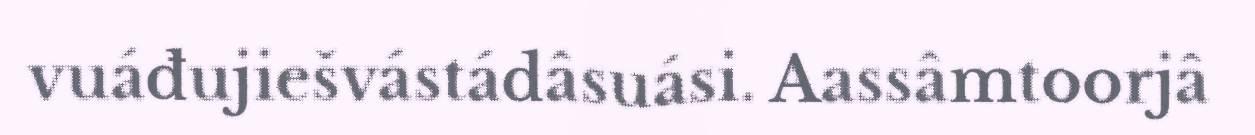
vuáđujiešvástádâsuási. Aassâmtoorjâ